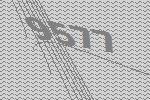
9577